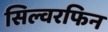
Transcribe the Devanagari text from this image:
सिल्वरफिन